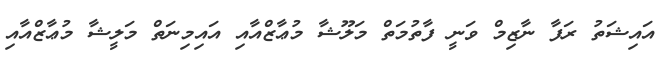
އައިޝަތު ރަފާ ނާޒިމް ވަނީ ފާތުމަތް މަލޫޝާ މުޢާޒްއާއި އައިމިނަތް މަލީޝާ މުޢާޒްއާއި